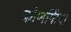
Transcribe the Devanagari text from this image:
कोणाँगीदा